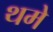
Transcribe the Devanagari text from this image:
थमे